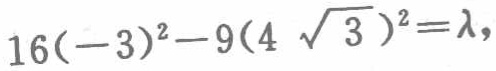
$16(-3)^{2}-9(4\sqrt{3})^{2}=\lambda$